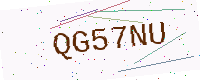
Text: QG57NU